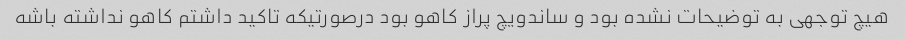
هیچ توجهی به توضیحات نشده بود و ساندویچ پراز کاهو بود درصورتیکه تاکید داشتم کاهو نداشته باشه